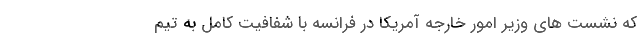
که نشست های وزیر امور خارجه آمریکا در فرانسه با شفافیت کامل به تیم